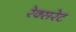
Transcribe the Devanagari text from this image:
रेक्सरेट